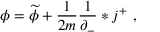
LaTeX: \phi = \widetilde { \phi } + \frac { 1 } { 2 m } \frac { 1 } { \partial _ { - } } * j ^ { + } \ ,